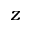
z